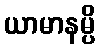
ယာမာနမ္ပိ